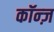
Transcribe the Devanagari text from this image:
कॉन्ज़